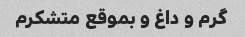
گرم و داغ و بموقع متشکرم